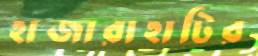
হাজারাহাটির